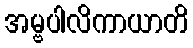
အမ္ဗပါလိကာယာတိ